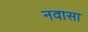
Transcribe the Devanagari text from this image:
नवासा